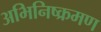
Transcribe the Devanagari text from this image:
अभिनिष्क्रमण